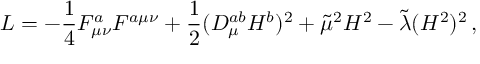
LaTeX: { \cal L } = - \frac { 1 } { 4 } F _ { \mu \nu } ^ { a } F ^ { a \mu \nu } + \frac { 1 } { 2 } ( { \cal D } _ { \mu } ^ { a b } H ^ { b } ) ^ { 2 } + \tilde { \mu } ^ { 2 } H ^ { 2 } - \tilde { \lambda } ( H ^ { 2 } ) ^ { 2 } \, ,